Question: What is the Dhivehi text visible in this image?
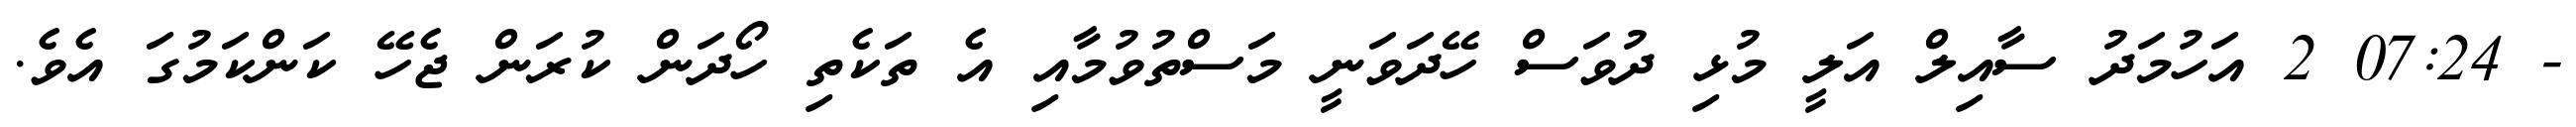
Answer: - 07:24 2 އަހުމަދު ސާއިލް އަލީ މުޅި ދުވަސް ހޭދަވަނީ މަސްތުވުމާއި އެ ތަކެތި ހޯދަން ކުރަން ޖެހޭ ކަންކަމުގަ އެވެ.